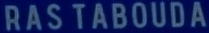
RAS TABOUDA